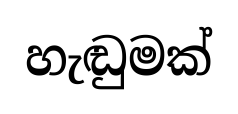
හැඬුමක්